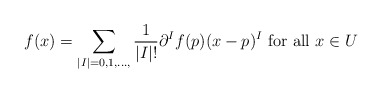
\begin{align*}f(x) = \sum_{|I|=0, 1, \dots, } \frac{1}{|I|!} \partial^I f(p) (x-p)^I \mbox{ for all } x\in U\end{align*}